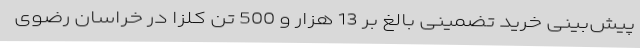
پیش‌بینی خرید تضمینی بالغ بر 13 هزار و 500 تن کلزا در خراسان رضوی